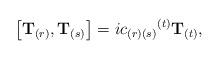
LaTeX: \begin{align*}\left[{\bf T}_{(r)},{\bf T}_{(s)}\right] = i {c_{(r)(s)}}^{(t)}{\bf T}_{(t)},\end{align*}